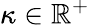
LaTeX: \kappa\in\mathbb R^{+}